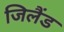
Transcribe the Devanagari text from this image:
जिलैंड